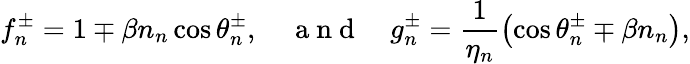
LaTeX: f_{n}^{\pm}=1\mp\beta n_{n}\cos\theta_{n}^{\pm},\quad\mathrm{~a~n~d~}\quad g_{n}^{\pm}=\frac{1}{\eta_{n}}\left(\cos\theta_{n}^{\pm}\mp\beta n_{n}\right),